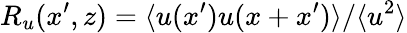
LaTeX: R_{u}(x^{\prime},z)=\langle u(x^{\prime})u(x+x^{\prime})\rangle/\langle u^{2}\rangle